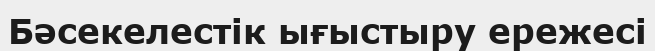
Бәсекелестік ығыстыру ережесі